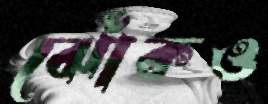
ঝোঁকও